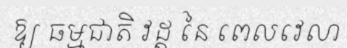
ឱ្យ ធម្មជាតិ វដ្ត នៃ ពេលវេលា